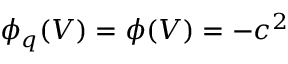
\phi _ { q } ( V ) = \phi ( V ) = - c ^ { 2 }